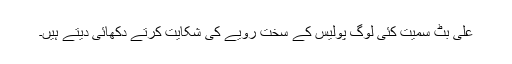
علی بٹ سمیت کئی لوگ پولیس کے سخت رویے کی شکایت کرتے دکھائی دیتے ہیں۔